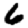
Digit: 6